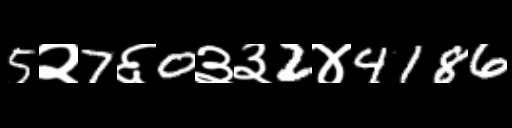
Text: 5२7६0३३2४4186